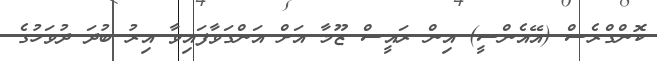
ކޮންގްރެސް (އޭއެންސީ) އިން ރައީސް ޒޫމާ އަށް އަންގަވާފައިވާ އިރު ބުދަ ދުވަހުގެ